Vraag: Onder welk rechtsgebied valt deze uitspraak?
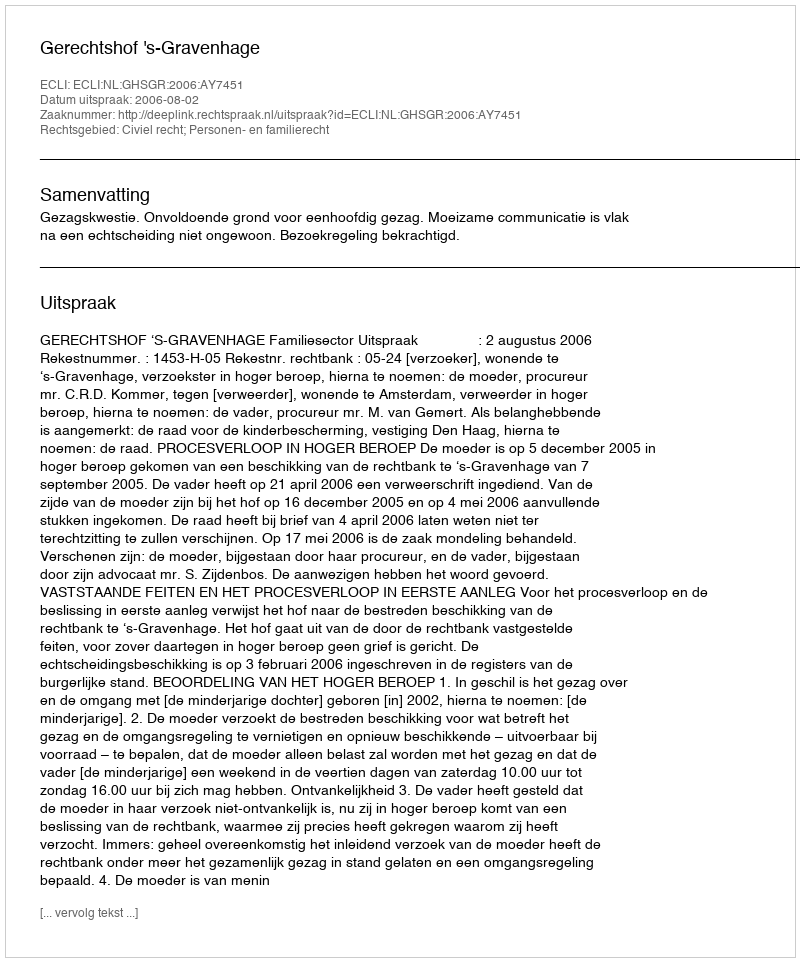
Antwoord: Civiel recht; Personen- en familierecht